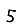
Digit: 5